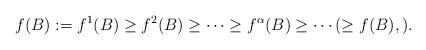
LaTeX: \begin{align*}\-f(B) := \-f^1(B) \ge \-f^2(B) \ge \dotsb \ge \-f^\alpha(B) \ge \dotsb (\ge f(B), ).\end{align*}